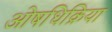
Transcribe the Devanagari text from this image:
ओषधिक्रिया